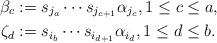
LaTeX: \begin{align*}\beta_{c} &:= s_{j_{a}} \cdots s_{j_{c+1}} \alpha_{j_{c}}, 1 \le c \le a, \\ \zeta_{d} &:= s_{i_{b}} \cdots s_{i_{d+1}} \alpha_{i_{d}}, 1 \le d \le b. \end{align*}